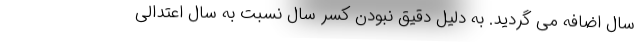
سال اضافه می گردید. به دلیل دقیق نبودن کسر سال نسبت به سال اعتدالی